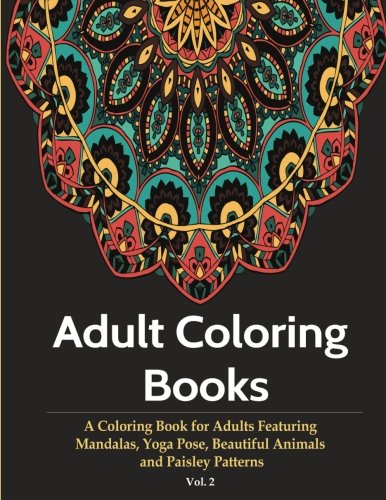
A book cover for Adult Coloring Books: A Coloring Book for Adults Featuring Mandalas, Yoga Pose, Beautiful Animals & Paisley Patterns (Paisley Coloring Books for Adults) (Volume 2); Coloring Books For Adults; Arts & Photography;